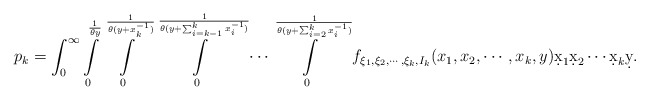
\begin{align*}p_k = \int_0^{\infty}\int\limits_0^{\frac{1}{\theta y}}\int\limits_0^{\frac{1}{\theta (y+x_k^{-1})}}\int\limits_0^{\frac{1}{\theta (y+\sum_{i=k-1}^k x_i^{-1})}} \cdots\int\limits_0^{\frac{1}{\theta (y+\sum_{i=2}^k x_i^{-1})}}f_{\xi_1,\xi_2,\cdots,\xi_k, I_k}(x_1, x_2, \cdots, x_k, y)\d x_1 \d x_2 \cdots \d x_k \d y.\end{align*}